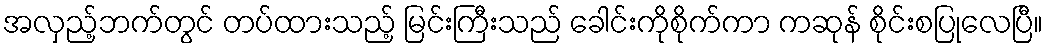
အလှည့်ဘက်တွင် တပ်ထားသည့် မြင်းကြီးသည် ခေါင်းကိုစိုက်ကာ ကဆုန် စိုင်းစပြုလေပြီ။